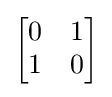
{\begin{bmatrix}0&1\\1&0\end{bmatrix}}